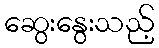
ဆွေးနွေးသည့်